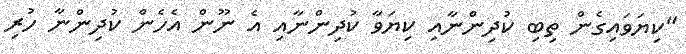
"ކިޔަވައިގެން ތިބި ކުދިންނާއި ކިޔަވާ ކުދިންނާއި އެ ނޫން އެހެން ކުދިންނާ ހުރި